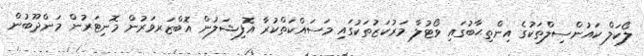
ލޯކަލް ކައުންސިލްތަކުގެ އިންތިޙާބުގައި ވޯޓުލާ މަރުކަޒުތަކުގައި މަސައްކަތްކުރާ އޮފިޝަލުން އޮބްޒަރވަރުން މޮނިޓަރުން މަންދޫބުން